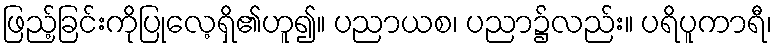
ဖြည့်ခြင်းကိုပြုလေ့ရှိ၏ဟူ၍။ ပညာယစ၊ ပညာ၌လည်း။ ပရိပူကာရီ၊